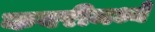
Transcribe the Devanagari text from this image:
कबरीमध्ये